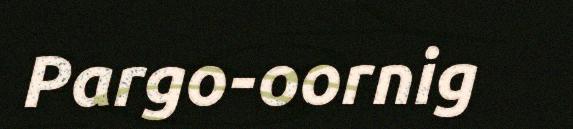
Pargo-oornig